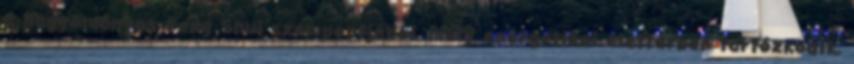
a hagyományos Feng Shui szempontjából, mely energetikai élettérben tartózkodik,